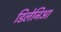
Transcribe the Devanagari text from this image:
डिलेनिआ